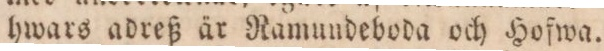
hwars adreß är Ramundeboda och Hofwa.